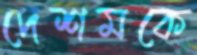
দেশমকে